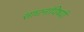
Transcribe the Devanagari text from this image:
साधनांविषयी